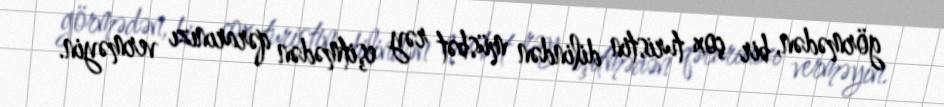
görmədən, bir çox turistin dilindən müsbət rəy eşitmədən qərarınızı verməyin.